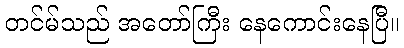
တင်မ်သည် အတော်ကြီး နေကောင်းနေပြီ။